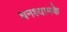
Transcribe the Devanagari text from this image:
घनश्यामके